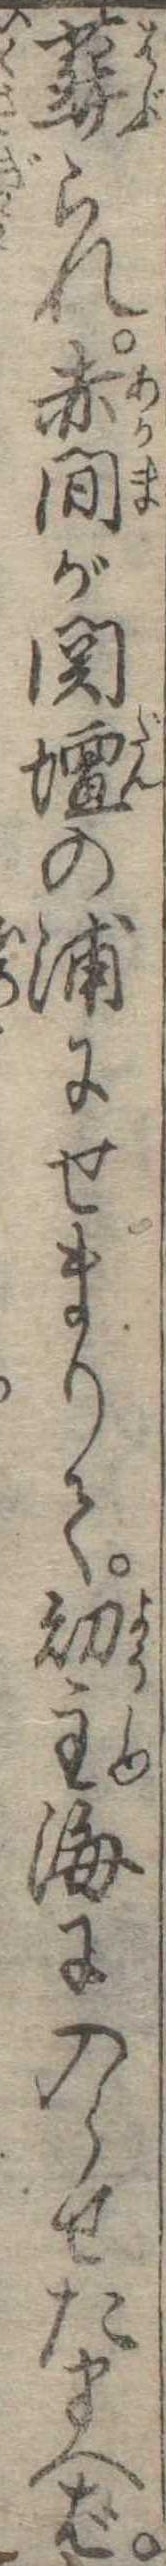
葬られ赤間が関壇の浦にせまりて幼主海に入らせたまへば